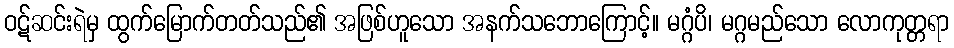
ဝဋ်ဆင်းရဲမှ ထွက်မြောက်တတ်သည်၏ အဖြစ်ဟူသော အနက်သဘောကြောင့်။ မဂ္ဂံပိ၊ မဂ္ဂမည်သော လောကုတ္တရာ